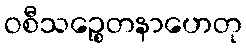
ဝစီသဉ္စေတနာဟေတု